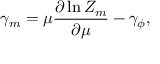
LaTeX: \gamma _ { m } = \mu \frac { \partial \ln Z _ { m } } { \partial \mu } - \gamma _ { \phi } ,